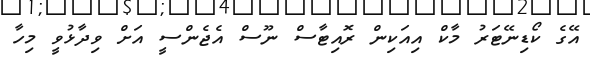
އޭގެ ކޯޑިނޭޓަރު މާކް އިއަކިން ރޮއިޓާސް ނޫސް އެޖެންސީ އަށް ވިދާޅުވީ މިހާ